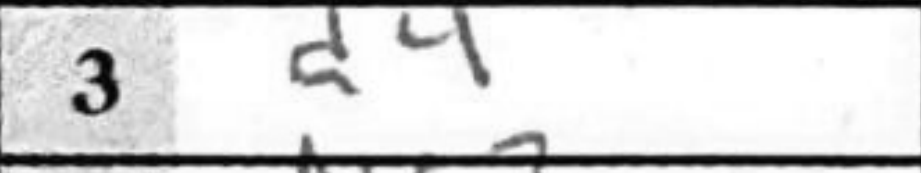
Transcription: d4